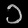
Digit: ၁